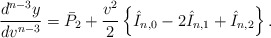
\begin{align*} \frac{d^{n-3}y}{dv^{n-3}}=\bar{P}_2+\frac{v^2}{2}\left\{\hat{I}_{n,0}-2\hat{I}_{n,1}+\hat{I}_{n,2}\right\}.\end{align*}